Annual report of the Camel Specialist
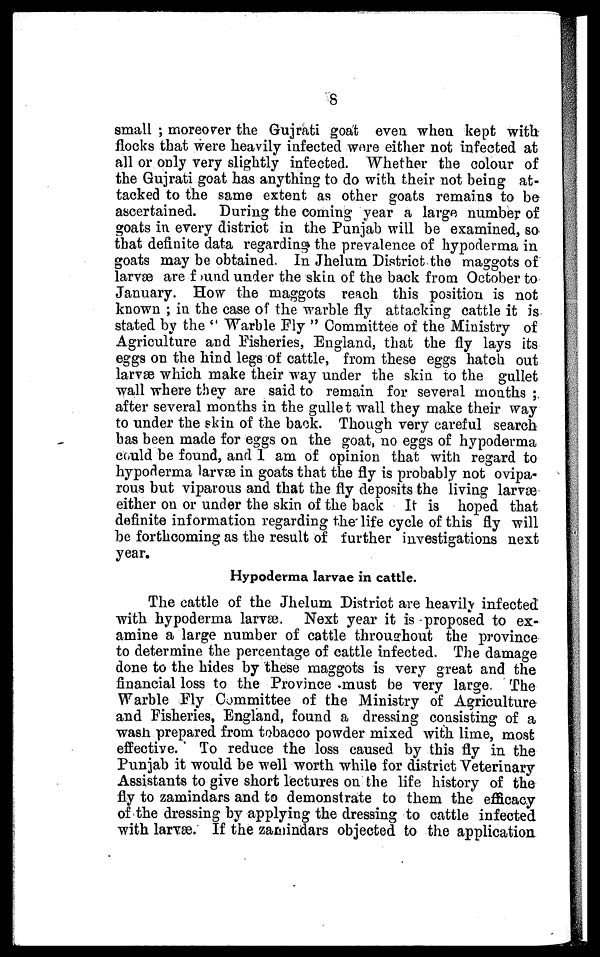
8
small ; moreover the Gujrati goat even when kept with
flocks that were heavily infected were either not infected at
all or only very slightly infected. Whether the colour of
the Gujrati goat has anything to do with their not being at-
tacked to the same extent as other goats remains to be
ascertained. During the coming year a large number of
goats in every district in the Punjab will be examined, so
that definite data regarding the prevalence of hypoderma in
goats may be obtained. In Jhelum District the maggots of
larvæ are found under the skin of the back from October to
January. How the maggots reach this position is not
known ; in the case of the warble fly attacking cattle it is
stated by the "Warble Fly" Committee of the Ministry of
Agriculture and Fisheries, England, that the fly lays its
eggs on the hind legs of cattle, from these eggs hatch out
larvæ which make their way under the skin to the gullet
wall where they are said to remain for several months;
after several months in the gullet wall they make their way
to under the skin of the back. Though very careful search
has been made for eggs on the goat, no eggs of hypoderma
could be found, and I am of opinion that with regard to
hypoderma larvæ in goats that the fly is probably not ovipa-
rous but viparous and that the fly deposits the living larvæ
either on or under the skin of the back It is hoped that
definite information regarding the life cycle of this fly will
be forthcoming as the result of further investigations next
year.
Hypoderma larvae in cattle.
The cattle of the Jhelum District are heavily infected
with hypoderma larvæ. Next year it is proposed to ex-
amine a large number of cattle throughout the province
to determine the percentage of cattle infected. The damage
done to the hides by these maggots is very great and the
financial loss to the Province must be very large. The
Warble Fly Committee of the Ministry of Agriculture
and Fisheries, England, found a dressing consisting of a
wash prepared from tobacco powder mixed with lime, most
effective. To reduce the loss caused by this fly in the
Punjab it would be well worth while for district Veterinary
Assistants to give short lectures on the life history of the
fly to zamindars and to demonstrate to them the efficacy
of the dressing by applying the dressing to cattle infected
with larvæ. If the zamindars objected to the application